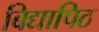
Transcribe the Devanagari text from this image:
बिद्यापिठ